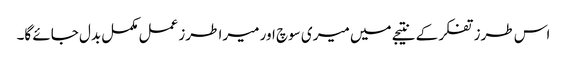
اس طرز تفکر کے نتیجے میں میری سوچ اور میرا طرز عمل مکمل بدل جائے گا۔